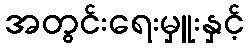
အတွင်းရေးမှူးနှင့်